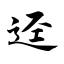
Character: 迳